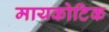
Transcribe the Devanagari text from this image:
मायकोटिक